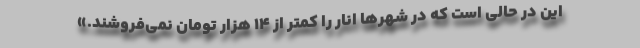
این در حالی است که در شهرها انار را کمتر از ۱۴ هزار تومان نمی‌فروشند.»